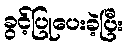
ခွင့်ပြုပေးခဲ့ပြီး